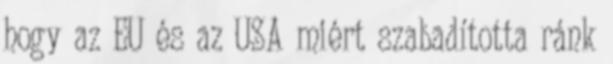
hogy az EU és az USA miért szabadította ránk